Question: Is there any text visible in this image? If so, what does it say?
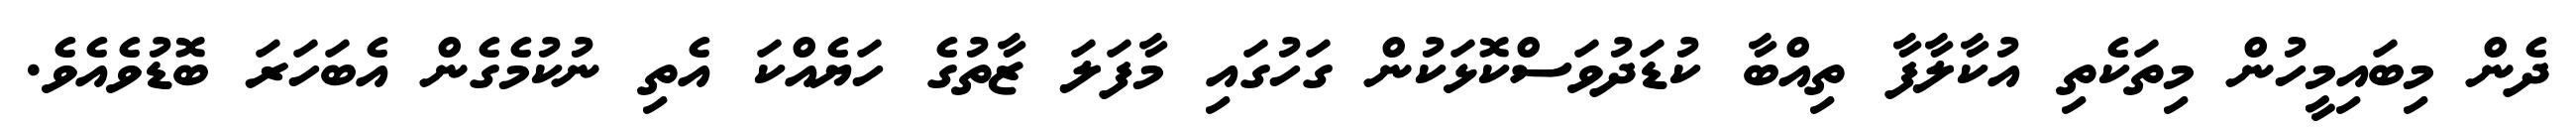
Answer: ދެން މިބައިމީހުން މިތަކެތި އުކާލާފާ ތިއްބާ ކުޑަދުވަސްކޮޅަކުން ގަހުގައި މާފަލަ ޒާތުގެ ހަޔެއްކަ އެތި ނުކުމެގެން އެބަހަރަ ބޮޑުވެއެވެ.